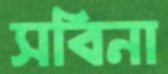
সবিনা